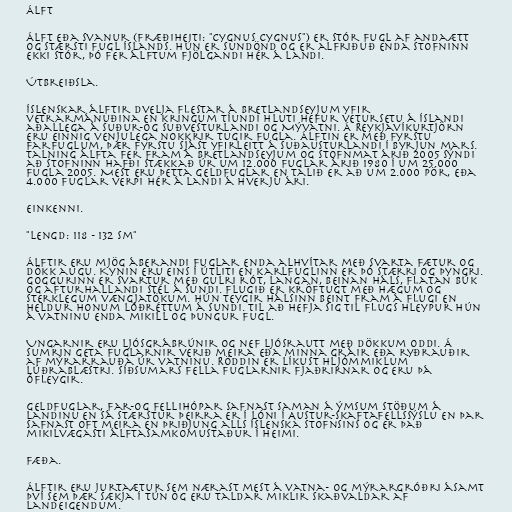
Álft

Álft eða svanur (fræðiheiti: "Cygnus cygnus") er stór fugl af andaætt
og stærsti fugl Íslands. Hún er sundönd og er alfriðuð enda stofninn
ekki stór, þó fer álftum fjölgandi hér á landi.

Útbreiðsla.

Íslenskar álftir dvelja flestar á Bretlandseyjum yfir
vetrarmánuðina en kringum tíundi hluti hefur vetursetu á Íslandi
aðallega á Suður-og Suðvesturlandi og Mývatni. Á Reykjavíkurtjörn
eru einnig venjulega nokkrir tugir fugla. Álftin er með fyrstu
farfuglum, þær fyrstu sjást yfirleitt á Suðausturlandi í byrjun mars.
Talning álfta fer fram á Bretlandseyjum og stofnmat árið 2005 sýndi
að stofninn hafði stækkað úr um 12.000 fuglar árið 1980 í um 25.000
fugla 2005. Mest eru þetta geldfuglar en talið er að um 2.000 pör, eða
4.000 fuglar verpi hér á landi á hverju ári.

Einkenni.

"Lengd: 118 - 132 sm"

Álftir eru mjög áberandi fuglar enda alhvítar með svarta fætur og
dökk augu. Kynin eru eins í útliti en karlfuglinn er þó stærri og þyngri.
Goggurinn er svartur með gulri rót, langan, beinan háls, flatan búk
og afturhallandi stél á sundi. Flugið er kröftugt með hægum og
sterklegum vængjatökum. Hún teygir hálsinn beint fram á flugi en
heldur honum lóðréttum á sundi. Til að hefja sig til flugs hleypur hún
á vatninu enda mikill og þungur fugl.

Ungarnir eru ljósgrábrúnir og nef ljósrautt með dökkum oddi. Á
sumrin geta fuglarnir verið meira eða minna gráir eða ryðrauðir
af mýrarrauða úr vatninu. Röddin er líkust hljómmiklum
lúðrablæstri. Síðsumars fella fuglarnir fjaðrirnar og eru þá
ófleygir.

Geldfuglar, far-og fellihópar safnast saman á ýmsum stöðum á
landinu en sá stærstur þeirra er í Lóni í Austur-Skaftafellssýslu en þar
safnast oft meira en þriðjung alls íslenska stofnsins og er það
mikilvægasti álftasamkomustaður í heimi.

Fæða.

Álftir eru jurtaætur sem nærast mest á vatna- og mýrargróðri ásamt
því sem þær sækja í tún og eru taldar miklir skaðvaldar af
landeigendum.